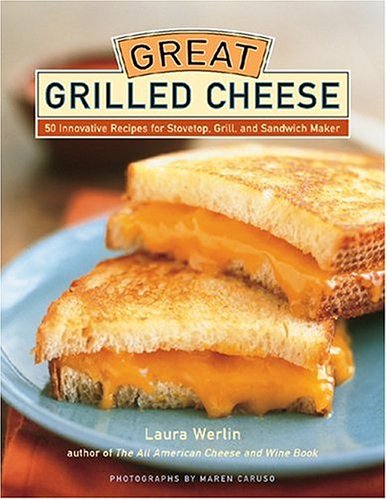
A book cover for Great Grilled Cheese: 50 Innovative Recipes for Stove Top, Grill, and Sandwich Maker; Laura Werlin; Cookbooks, Food & Wine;